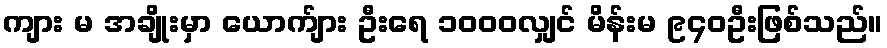
ကျား မ အချိုးမှာ ယောက်ျား ဦးရေ ၁၀၀၀လျှင် မိန်းမ ၉၄၀ဦးဖြစ်သည်။